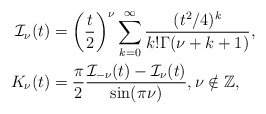
\begin{align*}\mathcal{I}_{\nu}(t) &= \left(\frac{t}{2}\right)^{\nu}\sum_{k=0}^{\infty}\frac{(t^2/4)^{k}}{k! \Gamma(\nu + k +1)},\\K_{\nu}(t) &= \frac{\pi}{2}\frac{\mathcal{I}_{-\nu}(t) - \mathcal{I}_{\nu}(t)}{\sin(\pi \nu)}, \nu \notin \mathbb{Z},\end{align*}